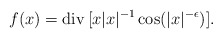
\begin{align*}f(x) = {\rm div} \, [x|x|^{-1} \cos(|x|^{-\epsilon})].\end{align*}